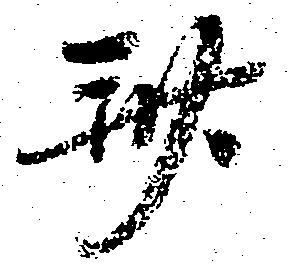
斎